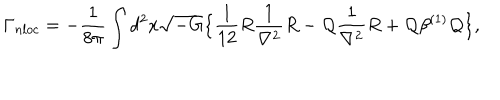
\Gamma _ { n l o c } = - { \frac { 1 } { 8 \pi } } \int d ^ { 2 } x \sqrt { - G } \big \{ { \frac { 1 } { 1 2 } } R { \frac { 1 } { \nabla ^ { 2 } } } R - { \cal Q } { \frac { 1 } { \nabla ^ { 2 } } } R + { \cal Q } \beta ^ { ( 1 ) } { \cal Q } \big \} ,